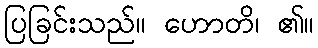
ပြခြင်းသည်။ ဟောတိ၊ ၏။